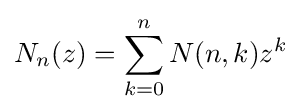
N_{n}(z)=\sum _{k=0}^{n}N(n,k)z^{k}